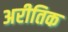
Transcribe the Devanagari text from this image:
अरीतिक